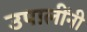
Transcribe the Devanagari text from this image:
उपालींनी